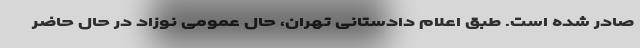
صادر شده است. طبق اعلام دادستانی تهران، حال عمومی نوزاد در حال حاضر